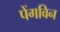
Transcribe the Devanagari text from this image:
पेंगविन